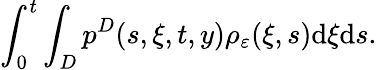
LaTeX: \int_{0}^{t}\int_{D}p^{D}(s,\xi,t,y)\rho_{\varepsilon}(\xi,s)\textrm{d}\xi\textrm{d}s.